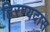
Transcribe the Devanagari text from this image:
हिरण्यदास